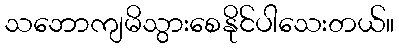
သဘောကျမိသွားစေနိုင်ပါသေးတယ်။